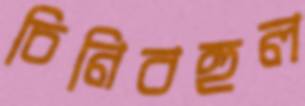
চিনিবহুল